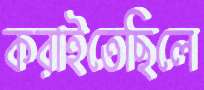
করাইতেছিলে